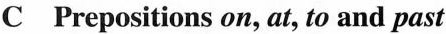
C Prepositions on, at, to and past